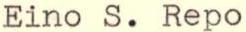
Eino S. Repo